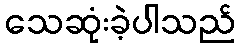
သေဆုံးခဲ့ပါသည်